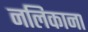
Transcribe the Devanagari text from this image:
नलिकाना